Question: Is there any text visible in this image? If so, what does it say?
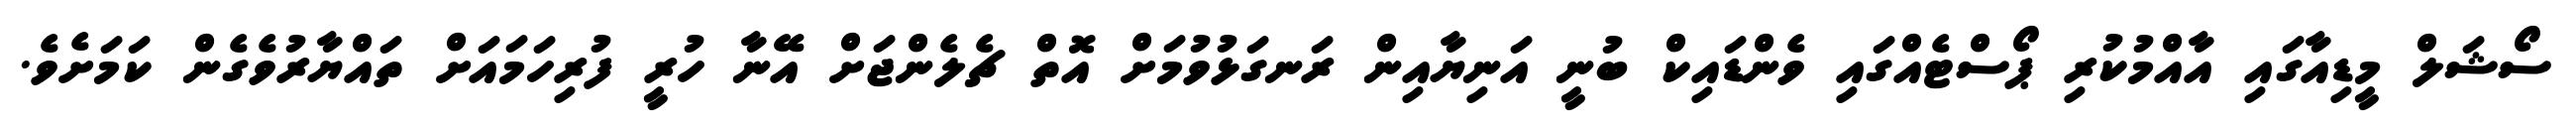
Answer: ސޯޝަލް މީޑިއާގައި އާއްމުކުރި ޕޯސްޓެއްގައި ވެންޑައިކް ބުނީ އަނިޔާއިން ރަނގަޅުވުމަށް އޮތް ޗެލެންޖަށް އޭނާ ހުރީ ފުރިހަމައަށް ތައްޔާރުވެގެން ކަމަށެވެ.